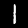
Label: 1